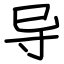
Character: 导